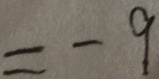
= - 9